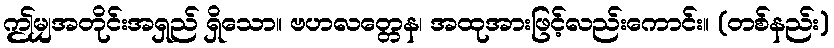
ဤမျှအတိုင်းအရှည် ရှိသော။ ဗဟလတ္တေန၊ အထုအားဖြင့်လည်းကောင်း။ (တစ်နည်း)